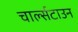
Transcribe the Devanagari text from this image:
चार्ल्सटाउन